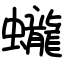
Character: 蠬